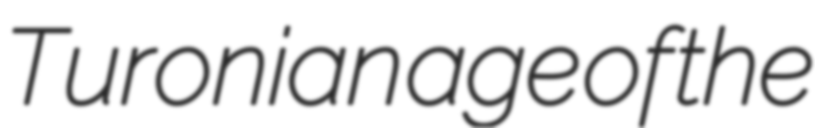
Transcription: Turonian age of the